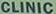
CLINIC